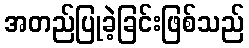
အတည်ပြုခဲ့ခြင်းဖြစ်သည်